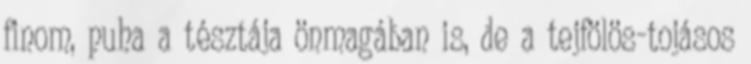
finom, puha a tésztája önmagában is, de a tejfölös-tojásos